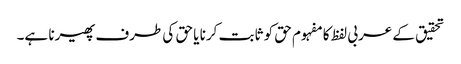
تحقیق کے عربی لفظ کا مفہوم حق کو ثابت کرنا یا حق کی طرف پھیرنا ہے۔